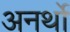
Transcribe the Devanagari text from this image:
अनर्थो